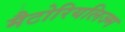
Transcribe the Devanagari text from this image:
मैटोरियलिज्म